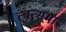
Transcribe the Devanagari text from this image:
त्वत्समा